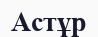
Астұр